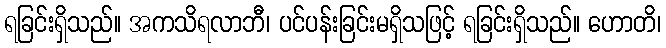
ရခြင်းရှိသည်။ အကသိရလာဘီ၊ ပင်ပန်းခြင်းမရှိသဖြင့် ရခြင်းရှိသည်။ ဟောတိ၊